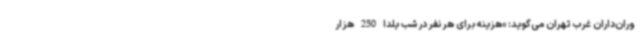
وران‌داران غرب تهران می‌گوید: «هزینه برای هر نفر در شب یلدا 250 هزار